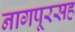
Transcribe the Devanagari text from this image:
नागपूरसह